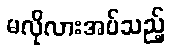
မလိုလားအပ်သည့်